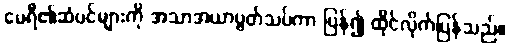
မေရီ၏ဆံပင်များကို အသာအယာပွတ်သပ်ကာ ပြန်၍ ထိုင်လိုက်ပြန်သည်။